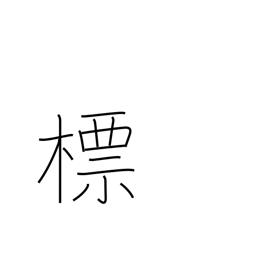
Meaning: emblem